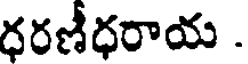
ధరణీధరాయ .